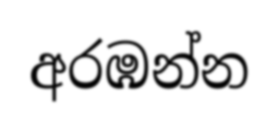
අරඹන්න